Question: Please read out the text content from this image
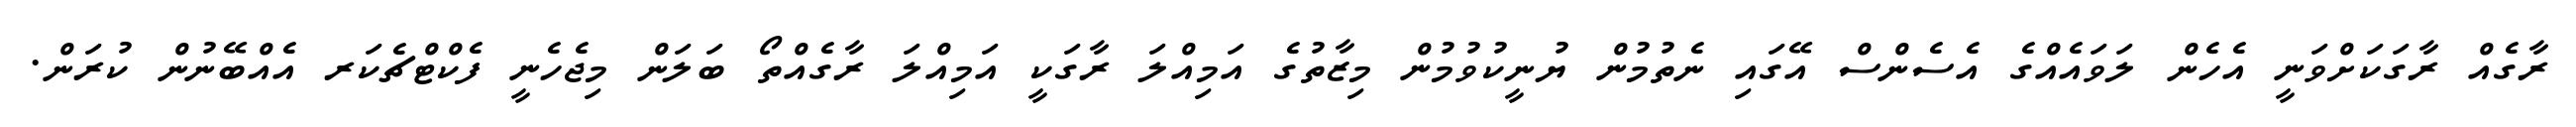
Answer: ރާގެއް ރާގަކަށްވަނީ އެހެން ލަވައެއްގެ އެސެންސް އޭގައި ނެތުމުން ޔުނީކުވުމުން މިޒާތުގެ އަމިއްލަ ރާގަކީ އަމިއްލަ ރާގެއްތޯ ބަލަން މިޖެހެނީ ފެކްޓްޗެކަރ އެއްބޭނުން ކުރަން.